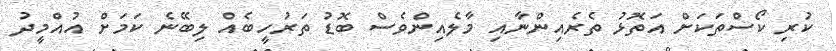
ކުރި ކޯސްތަކަށް އަތޮޅު ތެރެއިންނާއި މާލެއިންވެސް ބޮޑު ތަރުހީބެއް ލިބޭނެ ކަމަށް އުއްމީދު